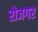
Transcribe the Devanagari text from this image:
रोजगर